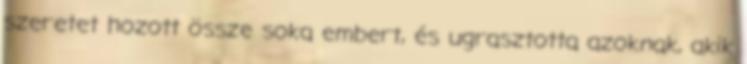
szeretet hozott össze soka embert, és ugrasztotta azoknak, akik